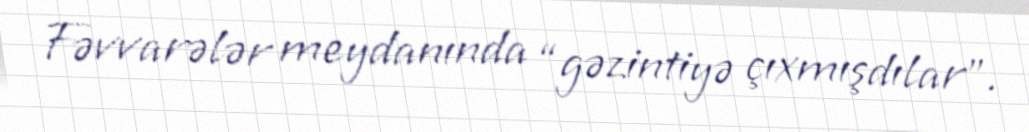
Fəvvarələr meydanında “gəzintiyə çıxmışdılar”.